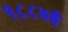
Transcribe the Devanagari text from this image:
१८८७ई